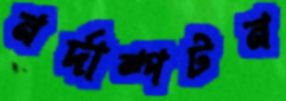
নর্দাম্পটন